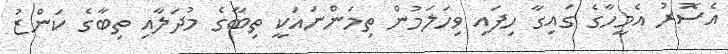
އެސޮރު އެމީހާގެ ގައިގާ ހިފައި ވިހަލަމުން ތިމަންނައަކީ ތިބާގެ މުދަލާއި ތިބާގެ ކަންޒު